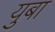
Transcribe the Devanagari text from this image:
युबा